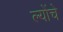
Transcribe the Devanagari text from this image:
ल्योंचे